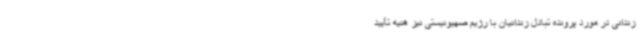
زندانی در مورد پرونده تبادل زندانیان با رژیم صهیونیستی نیز هنیه تأیید